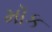
મૉક